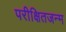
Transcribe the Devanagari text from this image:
परीक्षितजन्म